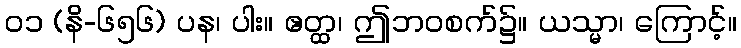
၀၁ (နိ-၆၅၆) ပန၊ ပါး။ ဧတ္ထ၊ ဤဘဝစက်၌။ ယသ္မာ၊ ကြောင့်။